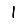
Digit: 1